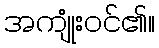
အကျုံးဝင်၏။